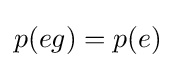
p(eg)=p(e)